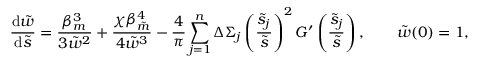
\frac { \mathrm { d } \tilde { w } } { \mathrm { d } \tilde { s } } = \frac { \beta _ { m } ^ { 3 } } { 3 \tilde { w } ^ { 2 } } + \frac { \chi \beta _ { \tilde { m } } ^ { 4 } } { 4 \tilde { w } ^ { 3 } } - \frac { 4 } { \pi } \sum _ { j = 1 } ^ { n } \Delta \Sigma _ { j } \left( \frac { \tilde { s } _ { j } } { \tilde { s } } \right) ^ { 2 } G ^ { \prime } \left( \frac { \tilde { s } _ { j } } { \tilde { s } } \right) , \qquad \tilde { w } ( 0 ) = 1 ,